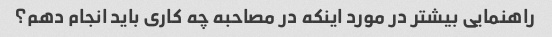
راهنمایی بیشتر در مورد اینکه در مصاحبه چه کاری باید انجام دهم؟